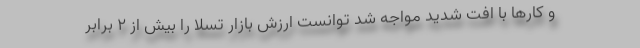
و کارها با افت شدید مواجه شد توانست ارزش بازار تسلا را بیش از ۲ برابر